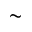
{ \sim }